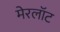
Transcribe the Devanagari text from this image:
मेरलॉट